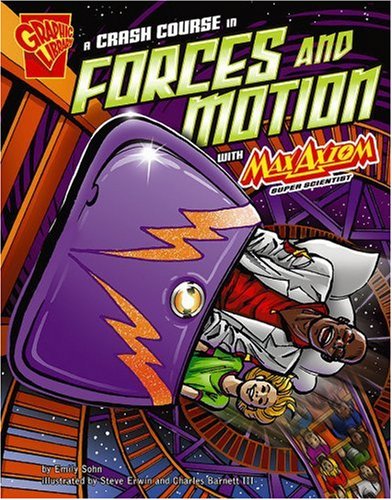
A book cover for A Crash Course in Forces and Motion with Max Axiom, Super Scientist (Graphic Science); Emily Sohn; Children's Books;